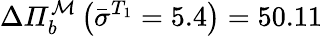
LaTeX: \Delta\mathit{\Pi}_{b}^{\mathcal{M}}\left(\bar{\sigma}^{T_{1}}=5.4\right)=50.11\